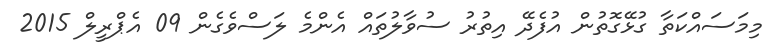
މިމަސައްކަތާ ގުޅޭގޮތުން އުފެދޭ އިތުރު ސުވާލުތައް އެންމެ ލަސްވެގެން 09 އެޕްރީލް 2015